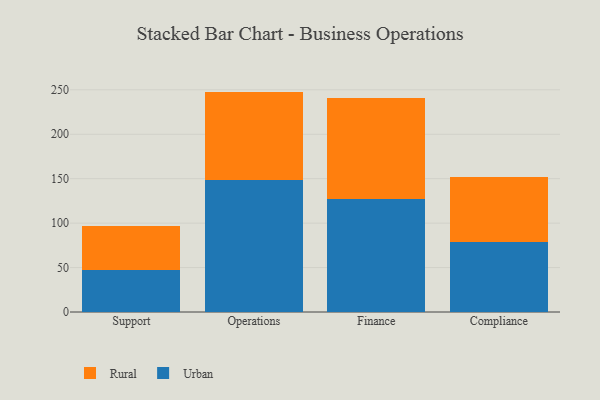
{"axis": {"x": "Department", "y": "Website Visitors"}, "legend": ["Rural", "Urban"], "data": [{"x": "Support", "y": 47.1, "type": "Urban"}, {"x": "Support", "y": 49.5, "type": "Rural"}, {"x": "Operations", "y": 148.4, "type": "Urban"}, {"x": "Operations", "y": 99.6, "type": "Rural"}, {"x": "Finance", "y": 126.6, "type": "Urban"}, {"x": "Finance", "y": 113.8, "type": "Rural"}, {"x": "Compliance", "y": 78.7, "type": "Urban"}, {"x": "Compliance", "y": 72.7, "type": "Rural"}]}